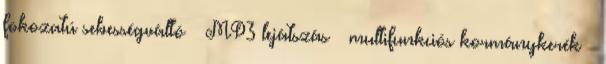
fokozatú sebességváltó – MP3 lejátszás – multifunkciós kormánykerék –